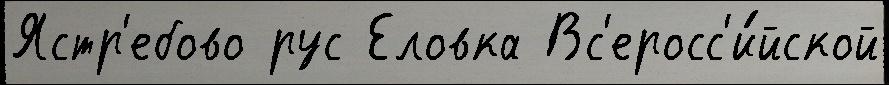
Ястр'ебово рус Еловка Вс'еросс'и́йской